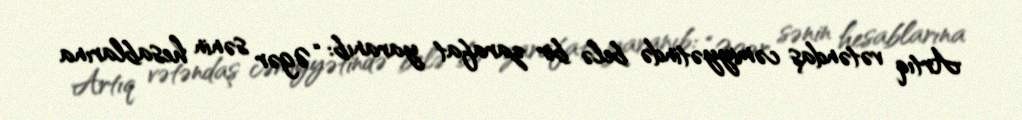
Artıq vətəndaş cəmiyyətində belə bir zarafat yaranıb: “Əgər sənin hesablarına